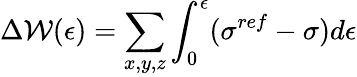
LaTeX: \Delta{\mathcal{W}(\epsilon)}=\sum_{x,y,z}\int_{0}^{\epsilon}(\sigma^{ref}-\sigma)d\epsilon